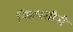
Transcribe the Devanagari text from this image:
फिल्स्तीनी